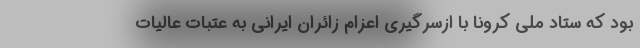
بود که ستاد ملی کرونا با ازسرگیری اعزام زائران ایرانی به عتبات عالیات